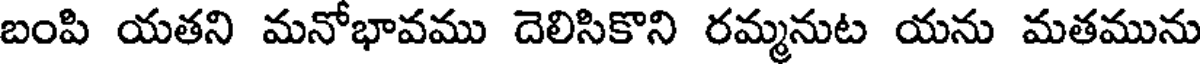
బంపి యతని మనోభావము దెలిసికొని రమ్మనుట యను మతమును